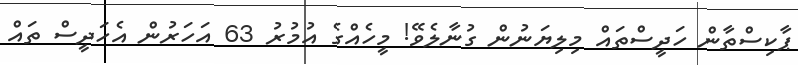
ޕާކިސްތާން ހަދީސްތައް މިލިޔަނުން ގުނާލެވޭ! މީހެއްގެ އުމުރު 63 އަހަރުން އެހަދީސް ތައް